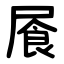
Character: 䬤